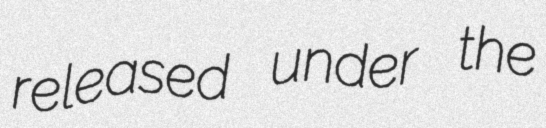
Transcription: released under the